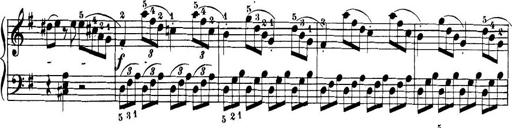
Title: 32 Sonatinas and Rondos for the Piano
Composer: Richard Kleinmichel